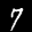
Label: 7